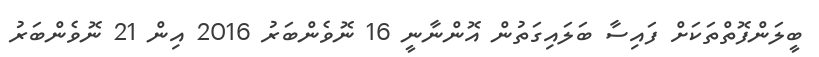
ބީލަންފޮތްތަކަށް ފައިސާ ބަލައިގަތުން އޮންނާނީ 16 ނޮވެންބަރު 2016 އިން 21 ނޮވެންބަރު